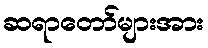
ဆရာတော်များအား